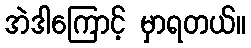
အဲဒါကြောင့် မှာရတယ်။